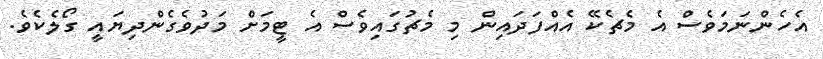
އެހެންނަމަވެސް އެ މެޗެކޭ އެއްފަދައިން މި މެޗުގައިވެސް އެ ޓީމަށް މަދުވެގެންދިޔައީ ގޯލެކެވެ.